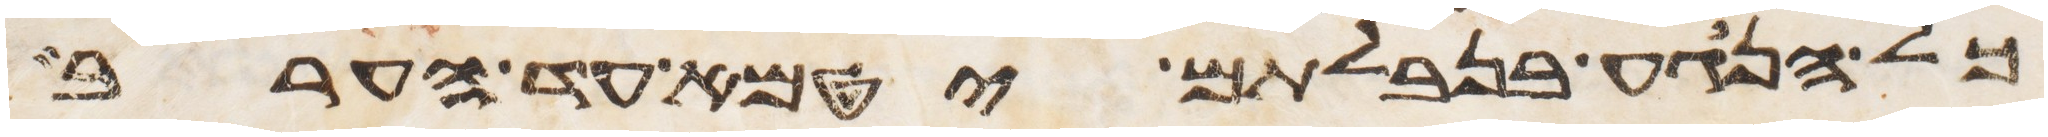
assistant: כל הנגע בנבלתם יטמא עד הערב